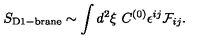
S _ { \mathrm { D 1 - b r a n e } } \sim \int d ^ { 2 } \xi \ C ^ { ( 0 ) } \epsilon ^ { i j } { \cal F } _ { i j } .